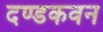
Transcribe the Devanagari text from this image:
दण्डकवन